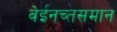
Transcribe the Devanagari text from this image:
वेईनच्तसमान